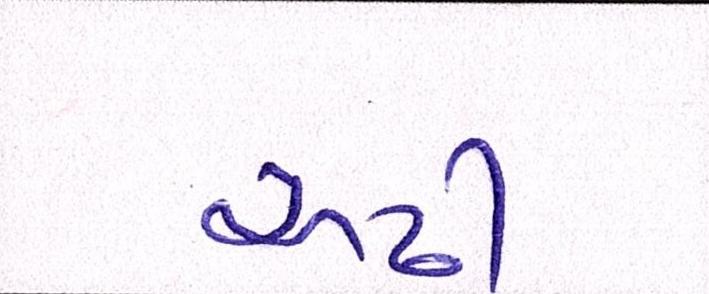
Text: અઢી